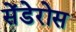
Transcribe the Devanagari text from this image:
सेंडेरोस